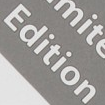
Edition